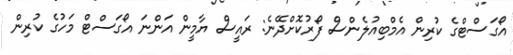
އޯގަސްޓްގެ ކުރިން އެމްބިއުލެންސް ފޯރުކޮށްދޭނެ: ރައީސް ޔާމީން އަންނަ އޯގަސްޓް މަހުގެ ކުރިން